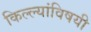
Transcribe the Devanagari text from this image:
किल्ल्यांविषयी